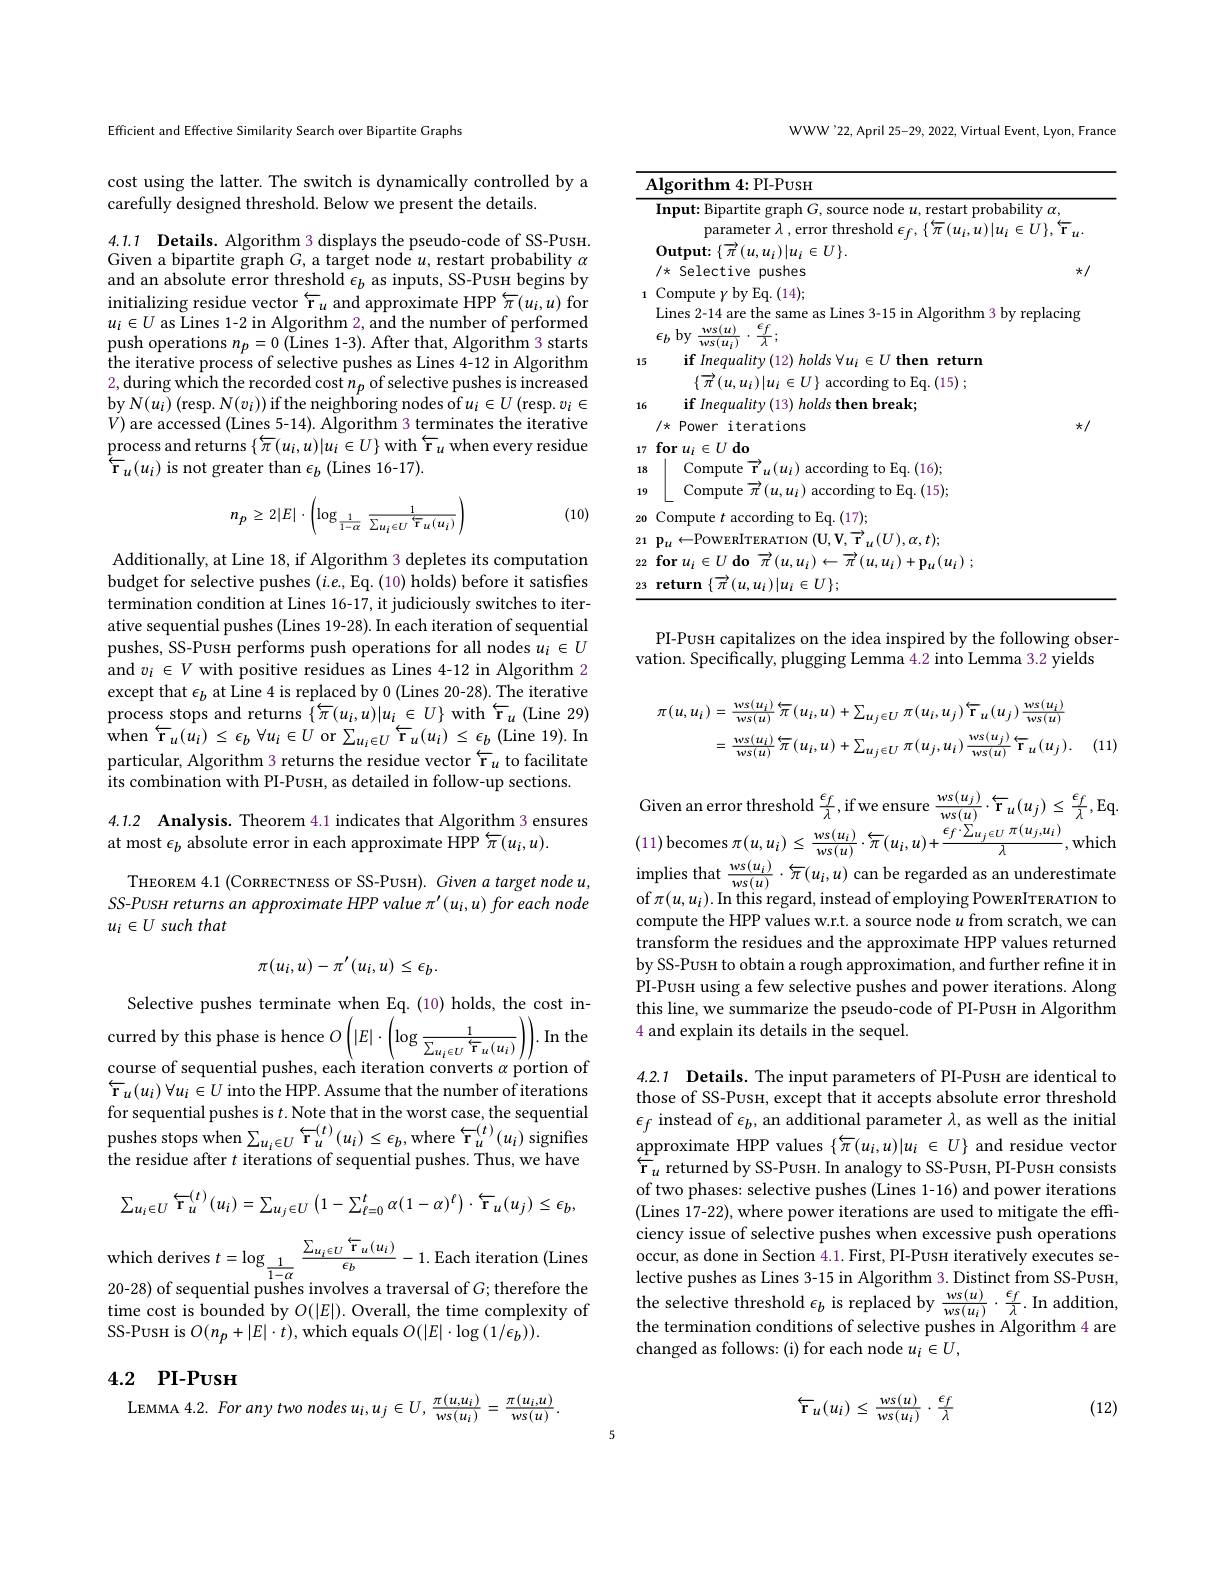
Efficient and Effective Similarity Search over Bipartite Graphs

cost using the latter. The switch is dynamically controlled by a
carefully designed threshold. Below we present the details.

4.1.1 $\textbf{Details. Algorithm 3 displays the pseudo- code of SS- PusH. }$ Given a bipartite graph $G$, a target node $u$, restart probability $\alpha$

and an absolute error threshold $\epsilon_b$ as inputs, SS-Pusн begins by initializing residue vector $\overleftarrow{\mathbf{r}}_u$ and approximate HPP $\overleftarrow{\pi}(u_i,u)$ for $u_i\in U$ as Lines 1-2 in Algorithm 2, and the number of performed push operations $n_p= 0\allowbreak ( {\mathrm{mod}} $Lines 1- 3) . After that, Algorithm 3 starts) the iterative process of selective pushes as Lines 4-12 in Algorithm 2,during which the recorded cost $n_p$ of selective pushes is increased by $N(u_{i})$ (resp. N$(v_{i}))$ if the neighboring nodes of $u_{i}\in U$ (resp. $v_{i}\in$ $V)$ are accessed (Lines 5-14). Algorithm 3 terminates the iterative $\mathop{\text{process and returns}}\left\{\overleftarrow{\pi}(u_{i},u)|u_{i}\in U\right\}\mathop{\mathrm{with~}}\overleftarrow{\mathbf{r}}_{u}\mathop{\mathrm{when~every~residue}}$ $\overleftarrow{\mathrm{r}}_{u}(u_{i})$ is not greater than $\epsilon_b$ (Lines 16-17).

(10)
$$n_{p}\geq2|E|\cdot\left(\log_{\frac{1}{1-\alpha}}\frac{1}{\sum_{u_{i}\in U}\overline{\text{r}}_{u}(u_{i})}\right)$$
Additionally, at Line 18, if Algorithm 3 depletes its computation budget for selective pushes $(i.e.$,Eq. (10) holds) before it satisfies termination condition at Lines 16-17, it judiciously switches to iterative sequential pushes (Lines 19-28). In each iteration of sequential pushes, SS-Pusн performs push operations for all nodes $u_i\in U$ and $v_i\in V$ with positive residues as Lines 4-12 in Algorithm 2 except that $\epsilon_b$ at Line 4 is replaced by 0 (Lines 20-28).The iterative process stops and returns $\{\overleftarrow{\pi}(u_{i},u)|u_{i}\in U\}$ with $\overleftarrow{\mathbf{r}}_{u}($Line 29) ${\mathrm{when~}\overleftarrow{\mathbf{r} } }_{u}( \dot{u} _{i}) \leq \epsilon _{b}$ $\forall u_{i}\in U$or$\sum _{u_{i}\in U}\overleftarrow{\mathbf{r} } _{u}( u_{i}) \leq \epsilon _{b}$ (Line 19).In particular, Algorithm 3 returns the residue vector $\overleftarrow{\mathbf{r}}_u$ to facilitate its combination with PI-Pusн, as detailed in follow-up sections

## 4.1.2 Analysis. Theorem 4.1 indicates that Algorithm 3 ensures at most $\epsilon_b$ absolute error in each approximate HPP $\overleftarrow\pi(u_i,u).$

THEOREM 4.1 (CoRRECTNESS OF SS-PUSH). Given a target node u, SS-PUSH returns an approximate HPP value $\pi^{\prime}(u_i,u)$ for each node $u_i\in U$ such that
$$\pi(u_i,u)-\pi'(u_i,u)\leq\epsilon_b.$$
Selective pushes terminate when Eq. (10) holds, the cost incurred by this phase is hence $O\left(|E|\cdot\left(\log\frac1{\sum_{u_{i}\in U}{\tau_{u}(u_{i})}}\right)\right).$ In the course of sequential pushes, each iteration converts $\alpha$ portion of $\overleftarrow{\mathbf{r}}_u(u_i)\forall u_i\in U$ into the HPP. Assume that the number of iterations for sequential pushes is $t.$ Note that in the worst case, the sequential ${\mathrm{pushes~stops~when}\sum_{u_{i}\in U}\overleftarrow{\mathbf{r}}_{u}^{(t)}(u_{i})\leq\epsilon_{b},\mathrm{where~}\overleftarrow{\mathbf{r}}_{u}^{(t)}(u_{i})}{\mathrm{~signifies}}$ the residue after $t$ iterations of sequential pushes. Thus, we have
$$\sum_{u_{i}\in U}\overbrace{\mathbf{r}}_{u}^{(t)}(u_{i})=\sum_{u_{j}\in U}\left(1-\sum_{\ell=0}^{t}\alpha(1-\alpha)^{\ell}\right)\cdot\overleftarrow{\mathbf{r}}_{u}(u_{j})\leq\epsilon_{b},$$
${\mathrm{vhich~derives~}t=\log_{\frac1{1-\alpha}}\frac{\sum_{u_{i}\in U}\overleftarrow{\mathbf{r}}_{u}(u_{i})}{\epsilon_{b}}-1.{\mathrm{Each~iteration~(Lines})}}{\mathrm{vhich~derives~}t=\log_{\frac1{1-\alpha}}\frac{\sum_{u_{i}\in U}\overleftarrow{\mathbf{r}}_{u}(u_{i})}{\epsilon_{b}}-1.{\mathrm{Each~iteration~(Lines)}}{\mathrm{Tors~(2ines)~(2ines)~(2ines)~(2ines)~(2ines)~(2ines)~(2i}}}$ 20-28) of sequential pushes involves a traversal of $G;$ therefore the time cost is bounded by $O(|E|).$ Overall, the time complexity of SS-PusH is $O(n_{p}+|E|\cdot t)$, which equals $O(|E|\cdot\log(1/\epsilon_{b})).$

## 4.2 PI-Pusн LEMMA 4.2. For any two nodes $u_i,u_j\in U,\frac{\pi(u,u_i)}{ws(u_i)}=\frac{\pi(u_i,u)}{ws(u)}.$

WWW'22, April 25-29, 2022, Virtual Event, Lyon, France

<table>
	<tbody>
		<tr>
			<td>$I$</td>
			<td>$\dot{\mathbf{i}}thm$ ${4:\mathrm{PI-PUSH}}$ $nt$</td>
		</tr>
		<tr>
			<td> </td>
			<td>Input: Bipartite graph $G$, source node $u$, restart probability $\alpha$, parameter $\lambda$,error threshold $\epsilon$ $.\{\overleftarrow{\pi}(u,u)|u_{i}\in U\}.$ ${\mathbf{Y}}_{,}$</td>
		</tr>
		<tr>
			<td> </td>
			<td>$\mathbf{Output:}\left\{\overrightarrow{\pi}\left(u,u_{i}\right)|u_{i}\in U\right\}.$ $/\star$ Selective pushes $\star/$</td>
		</tr>
		<tr>
			<td>1</td>
			<td>Compute $\gamma$ by Eq. (14); Lines 2-14 are the same as Lines 3-15 in Algorithm 3 by replacing $FL$ , hv $\underline {ws( u) }$ $\boldsymbol{e}f$</td>
		</tr>
		<tr>
			<td>15</td>
			<td>$\textbf{if Inequality( 12) holds }\forall u_{i}\in U\textbf{ then return}$ n Fa ( 15) </td>
		</tr>
		<tr>
			<td> </td>
			<td>$\{\overrightarrow{\pi}\left(u,u_{i}\right)|u_{i}\in U\}$ according to Eq.$\left(15\right);$</td>
		</tr>
		<tr>
			<td> </td>
			<td>iterations $I\times$ Power $\star/$</td>
		</tr>
		<tr>
			<td>17</td>
			<td>$\textbf{for }u_{i}\in U$do</td>
		</tr>
		<tr>
			<td>18</td>
			<td>Comm Ea. ( 16) </td>
		</tr>
		<tr>
			<td>19</td>
			<td>Compute $\operatorname{according}$to Eq.(15)</td>
		</tr>
		<tr>
			<td>20</td>
			<td>Eq. ( 17) </td>
		</tr>
		<tr>
			<td>21</td>
			<td>$(\mathbf{U},\mathbf{V},\mathbf{\overrightarrow{r}}_{u}(U),\alpha,t);$</td>
		</tr>
		<tr>
			<td>22</td>
			<td>$\pi^{'}(u,w)$ $-\mathbf{D}_{\mathrm{m}}(u_{\mathrm{i}})$</td>
		</tr>
		<tr>
			<td>23</td>
			<td>11 $\in U\}:$</td>
		</tr>
	</tbody>
</table>

PI-Pusн capitalizes on the idea inspired by the following obser-
vation. Specifically, plugging Lemma 4.2 into Lemma 3.2 yields
$$\begin{aligned}\pi(u,u_{i})&=\frac{ws(u_{i})}{ws(u)}\:\overline{\pi}(u_{i},u)+\sum_{u_{j}\in U}\:\pi(u_{i},u_{j})\:\overline{\mathbf{r}}_{u}(u_{j})\:\frac{ws(u_{i})}{ws(u)}\\&=\frac{ws(u_{i})}{ws(u)}\:\overline{\pi}\:(u_{i},u)+\sum_{u_{j}\in U}\:\pi(u_{j},u_{i})\:\frac{ws(u_{j})}{ws(u)}\:\overline{\mathbf{r}}_{u}(u_{j}).\end{aligned}$$
Given an error threshold$\frac {\epsilon _{f}}\lambda $,if we ensure $\frac {ws( u_{j}) }{ws( u) }\cdot \overleftarrow{\mathbf{r} } _{u}( u_{j}) \leq \frac {\epsilon _{f}}\lambda $,Eq. (11) becomes $\pi ( u, u_{i}) \leq \frac {ws( u_{i}) }{ws( u) }\cdot \overleftarrow{\pi } ( u_{i}, u) + \frac {\epsilon _{f}\cdot \sum _{u_{j}\in U}\pi ( u_{j}, u_{i}) }\lambda $,which $\begin{array}{c}{\mathrm{implies~that~\frac{ws(u_{i})}{ws(u)}\cdot\overleftarrow{\pi}(u_{i},u)~can~be~regarded~as~an~underestimate}}\\{\mathrm{implies~that~\frac{ws(u_{i})}{ws(u)}\cdot\overleftarrow{\pi}(u_{i},u)~can~be~regarded~as~an~underestimate}}\\{\mathrm{impliex~that~\frac{ws(u_{i})}{ws(u)}\cdot\overleftarrow{\pi}(u_{i},u)~can~be~regarded~as~an~unde}}\end{array}$

of $\pi(u,u_{i}).$In this regard, instead of employing PoweRITERATION to compute the HPP values w.r.t. a source node $u$ from scratch, we can transform the residues and the approximate HPP values returned by SS-Pusн to obtain a rough approximation, and further refine it in PI-Pusн using a few selective pushes and power iterations. Along this line, we summarize the pseudo-code of PI-PusH in Algorithm 4 and explain its details in the sequel.

4.2.1 $\textbf{Details. The input parameters of PI- Pusн are identical to}$ those of SS-PusH, except that it accepts absolute error threshold $\epsilon_f$ instead of $\epsilon_b$, an additional parameter $\lambda$, as well as the initial $\underline{\text{approximate HPP values}}\{\overleftarrow{\pi}(u_i,u)|u_i\in U\}$ and residue vector $\overleftarrow{\ddot{r}}_{u}$ returned by SS-Pusн. In analogy to SS-PusH, PI-PusH consists of two phases: selective pushes (Lines 1-16) and power iterations (Lines 17-22), where power iterations are used to mitigate the efficiency issue of selective pushes when excessive push operations occur, as done in Section 4.1. First, PI-Pusн iteratively executes selective pushes as Lines 3-15 in Algorithm 3. Distinct from SS-PusH, the selective threshold $\epsilon _{b}$ is replaced by $\frac {ws( u) }{ws( u_{i}) }\cdot \frac {\epsilon _{f}}\lambda .$ In addition, the termination conditions of selective pushes in Algorithm 4 are changed as follows: (i) for each node $u_i\in U$,
$$\overleftarrow{\mathbf{r}}_{u}(u_{i})\leq\frac{ws(u)}{ws(u_{i})}\cdot\frac{\epsilon_{f}}{\lambda}$$
(12)